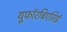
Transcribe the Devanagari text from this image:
यूफॉरबिएसिई